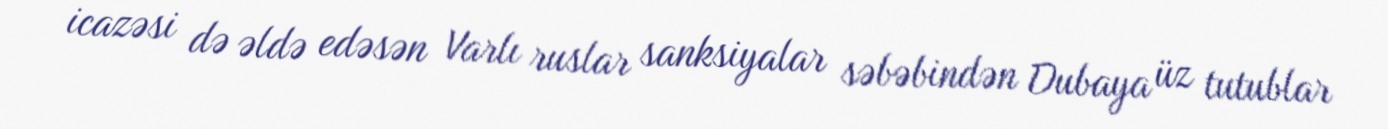
icazəsi də əldə edəsən Varlı ruslar sanksiyalar səbəbindən Dubaya üz tutublar